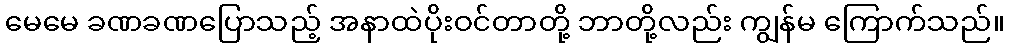
မေမေ ခဏခဏပြောသည့် အနာထဲပိုးဝင်တာတို့ ဘာတို့လည်း ကျွန်မ ကြောက်သည်။